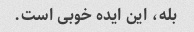
بله، این ایده خوبی است.